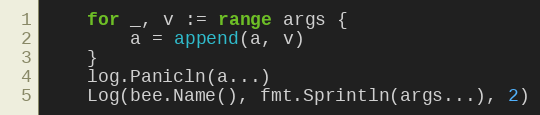
Language: Go
	for _, v := range args {
		a = append(a, v)
	}
	log.Panicln(a...)
	Log(bee.Name(), fmt.Sprintln(args...), 2)